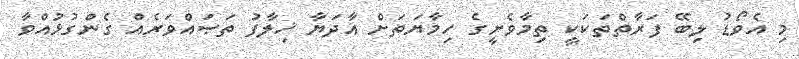
މި އެވޯޑު ލިބޭ ފަރާތްތަކަކީ ތިމާވެށީގެ ހިމާޔަތަށް އާދަޔާ ޚިލާފު ތަޞައްވަރެއް ގެންގުޅުއްވާ